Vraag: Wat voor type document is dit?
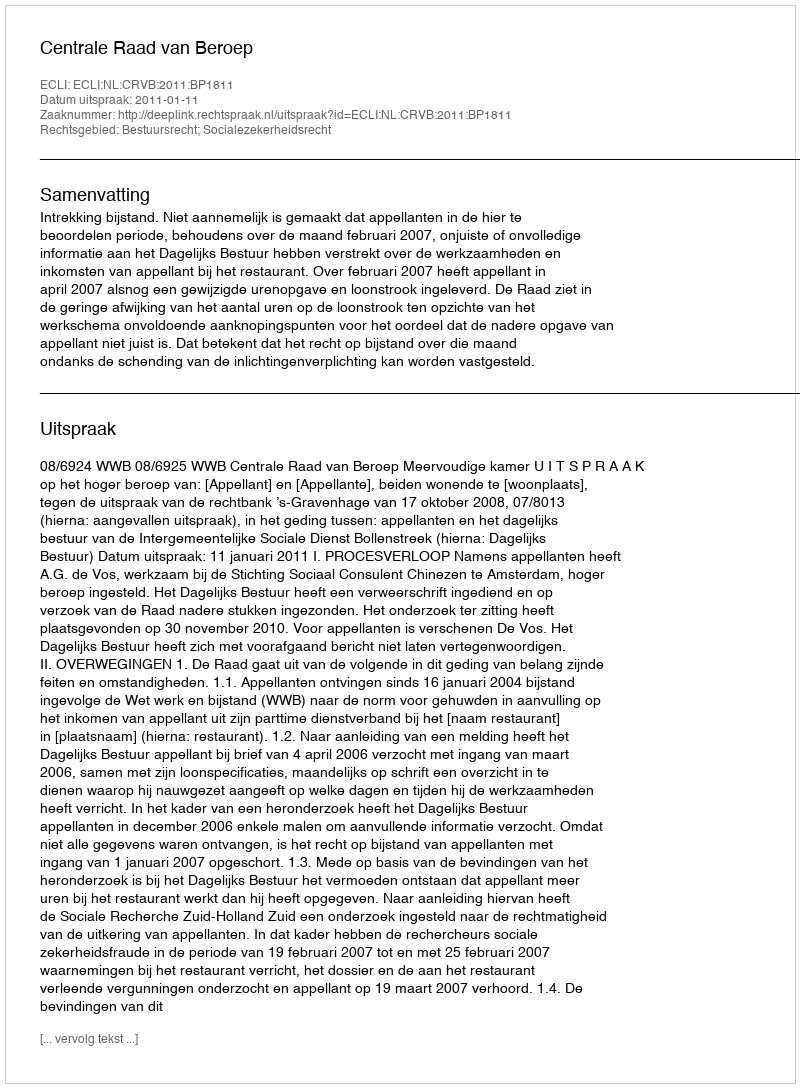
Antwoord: Uitspraak